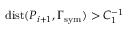
\mathrm { d i s t } ( P _ { i + 1 } , \Gamma _ { \mathrm { s y m } } ) > C _ { 1 } ^ { - 1 }